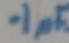
Text: .1µF